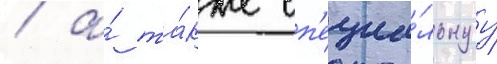
/ а́ та́кже сп'ециа́льнуу